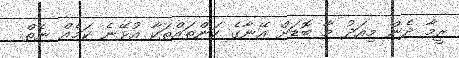
ރީމާ ދެން މިއަދު މާ ބޮޑަށް އޭނާގެ ކަންތައްތަކާ އުޅޭނެ ކަމެއް ނެތް.